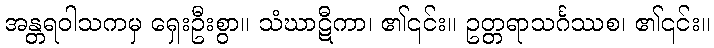
အန္တရဝါသကမှ ရှေးဦးစွာ။ သံဃာဋီကာ၊ ၏၎င်း။ ဥတ္တရာသင်္ဂဿစ၊ ၏၎င်း။